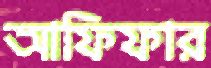
আফিফার